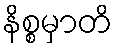
နိစ္စမှာတိ